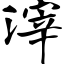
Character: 滓